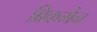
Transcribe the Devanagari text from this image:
ब्रिकमैन